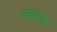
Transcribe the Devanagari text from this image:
टाएज